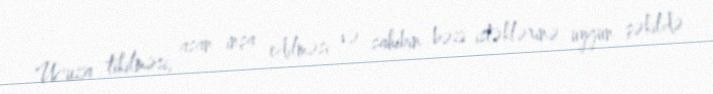
Ucuza tikilməsi, asan inşa edilməsi və sahibin bəzi istəklərinə uyğun şəkildə